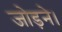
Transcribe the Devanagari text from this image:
जोड़ने।